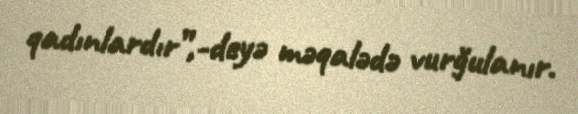
qadınlardır”,-deyə məqalədə vurğulanır.